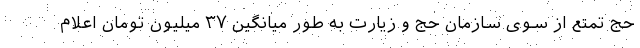
حج تمتع از سوی سازمان حج و زیارت به طور میانگین ۳۷ میلیون تومان اعلام